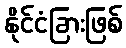
နိုင်ငံခြားဖြစ်